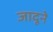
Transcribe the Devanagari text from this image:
जादूने